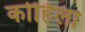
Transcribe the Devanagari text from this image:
कोहिला